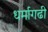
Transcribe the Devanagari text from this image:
धर्मागढी